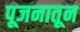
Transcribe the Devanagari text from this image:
पूजनातून